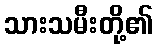
သားသမီးတို့၏